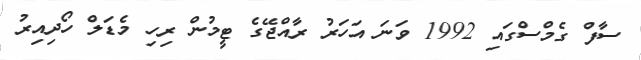
ސާފް ގެމްސްގައި 1992 ވަނަ އަހަރު ރާއްޖޭގެ ޓީމުން ރިހި މެޑަލް ހޯދިއިރު